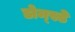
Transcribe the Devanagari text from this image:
डोम्स्डे